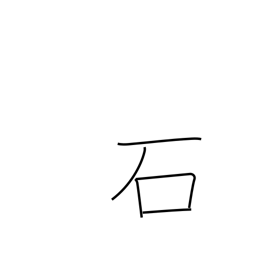
Meaning: stone